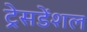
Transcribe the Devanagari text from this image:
ट्रेसडेंशल